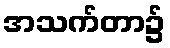
အသက်တာ၌